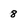
Character: 8